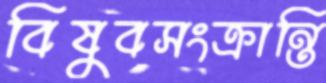
বিষুবসংক্রান্তি